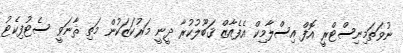
ނުވަތަމިނިސްޓްރީ އޮފް އިސްލާމިކް އެފެއާޒް ޤަބޫލުކުރާ ދީނީ މަރުކަޒަކުން މަތި ޘާނަވީ ސެޓުފިކެޓު